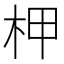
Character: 柙